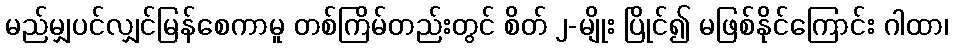
မည်မျှပင်လျှင်မြန်စေကာမူ တစ်ကြိမ်တည်းတွင် စိတ် ၂-မျိုး ပြိုင်၍ မဖြစ်နိုင်ကြောင်း ဂါထာ၊